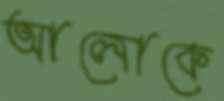
আলোকে